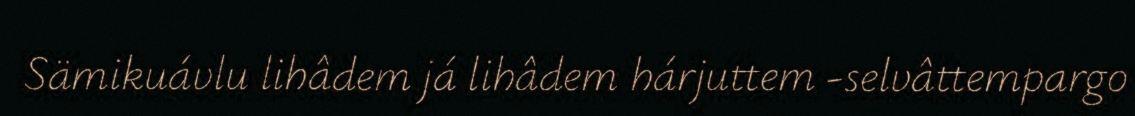
Sämikuávlu lihâdem já lihâdem hárjuttem -selvâttempargo